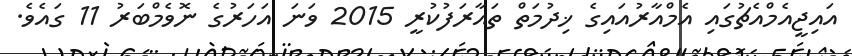
އައިޖީއެމްއެޗުގައި އެމްއާރުއައިގެ ޚިދުމަތް ތައާރަފުކުރީ 2015 ވަނަ އަހަރުގެ ނޮވެމްބަރު 11 ގައެވެ.